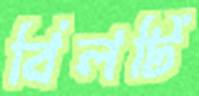
বিলটি